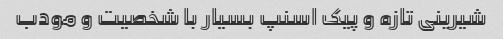
شیرینی تازه و پیک اسنپ بسیار با شخصیت و مودب